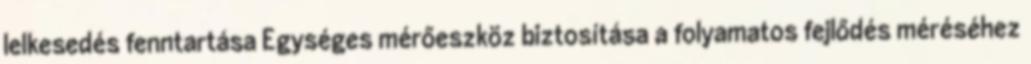
lelkesedés fenntartása Egységes mérőeszköz biztosítása a folyamatos fejlődés méréséhez